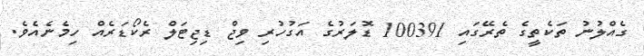
ގެއްލުނު ތަކެތީގެ ތެރޭގައި 100391 ޑޮލަރުގެ އަގުހުރި ވިޖް ޑިޖިޓަލް ރެކޯޑަރެއް ހިމެނެއެވެ.